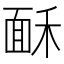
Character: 𩈒